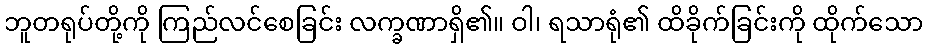
ဘူတရုပ်တို့ကို ကြည်လင်စေခြင်း လက္ခဏာရှိ၏။ ဝါ၊ ရသာရုံ၏ ထိခိုက်ခြင်းကို ထိုက်သော